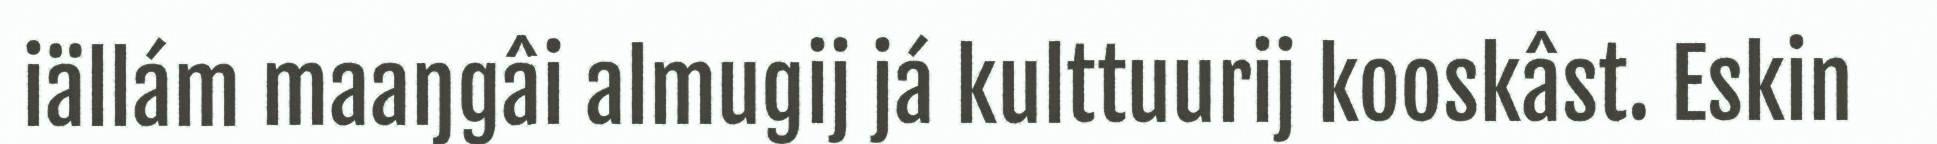
iällám maaŋgâi almugij já kulttuurij kooskâst. Eskin